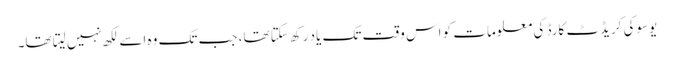
یوسوکی کریڈٹ کارڈ کی معلومات کو اس وقت تک یاد رکھ سکتا تھا، جب تک وہ اسے لکھ نہیں لیتا تھا۔